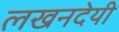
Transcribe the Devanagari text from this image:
लखनदेयी